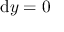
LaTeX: \mathrm { d } y = 0